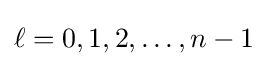
\ell =0,1,2,\ldots ,n-1